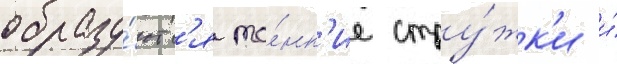
образу́ютс'я то́нк'ие стру́жк'и и́